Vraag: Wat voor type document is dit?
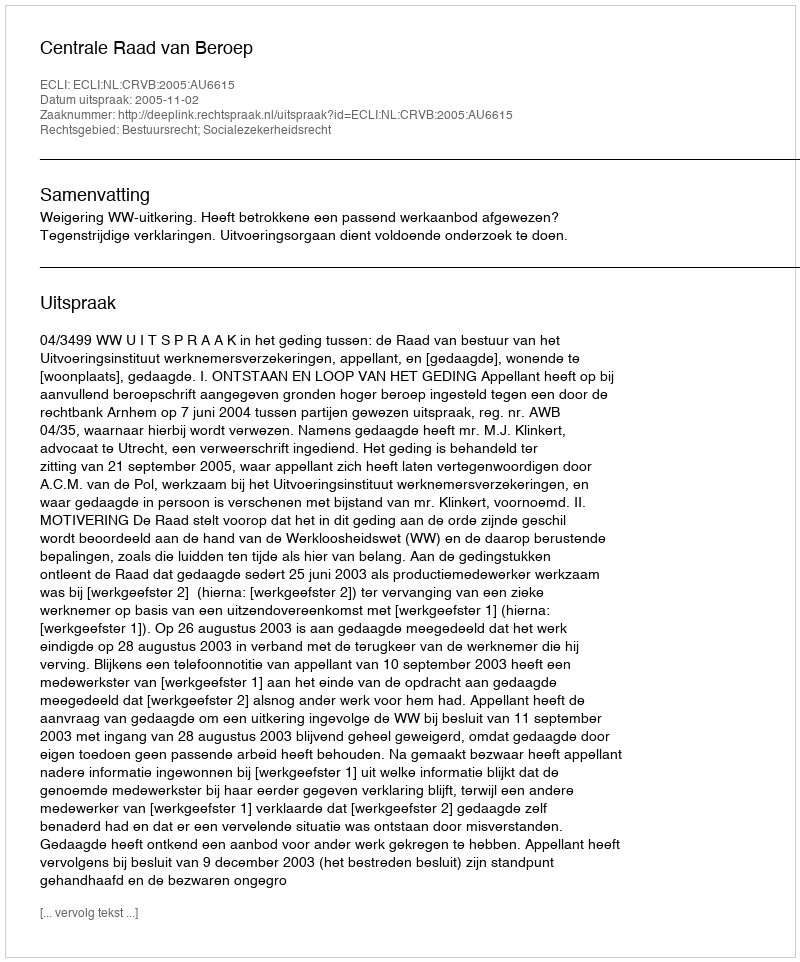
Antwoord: Uitspraak